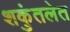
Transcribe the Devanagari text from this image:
शकुंतलेत